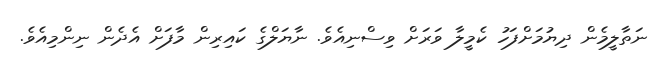
ނަތާލީމެން ދިޔުމަށްފަހު ކެމީލާ ވަރަށް ވިސްނިއެވެ. ނާޔަލްގެ ކައިރިން މާފަށް އެދެން ނިންމިއެވެ.